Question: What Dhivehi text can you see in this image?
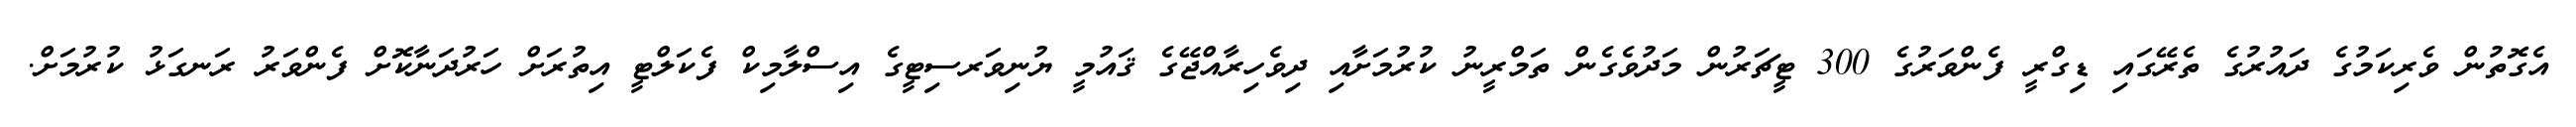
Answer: އެގޮތުން ވެރިކަމުގެ ދައުރުގެ ތެރޭގައި ޑިގްރީ ފެންވަރުގެ 300 ޓީޗަރުން މަދުވެގެން ތަމްރީނު ކުރުމަށާއި ދިވެހިރާއްޖޭގެ ޤައުމީ ޔުނިވަރސިޓީގެ އިސްލާމިކް ފެކަލްޓީ އިތުރަށް ހަރުދަނާކޮށް ފެންވަރު ރަނގަޅު ކުރުމަށް.